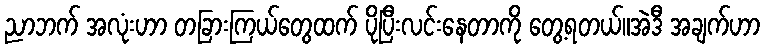
ညာဘက် အလုံးဟာ တခြားကြယ်တွေထက် ပိုပြီးလင်းနေတာကို တွေ့ရတယ်။အဲဒီ အချက်ဟာ